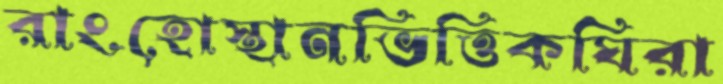
রাংহোস্থানভিত্তিকঘিরা